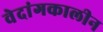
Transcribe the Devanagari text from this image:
वेदांगकालीन